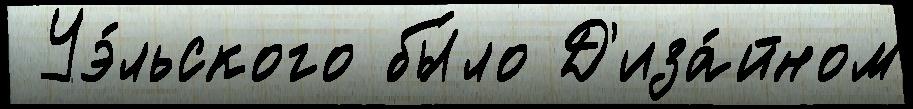
 Уэ́льского бы́ло Д'иза́йном